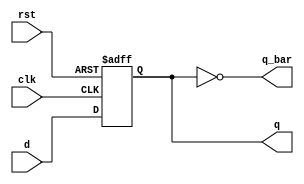
module dff_22(q, q_bar, d, clk, rst);
  output q, q_bar;
  input d, clk, rst;
  reg q;
  always @(posedge clk or posedge rst)
    if (rst)
      q <= 1'b0;
    else
      q <= d;
  not(q_bar, q);
endmodule